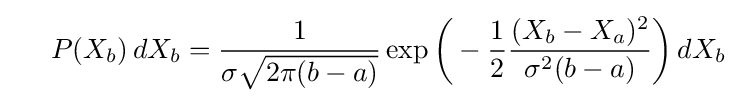
\ \ \ \ P(X_{b})\,dX_{b}={\frac {1}{\sigma {\sqrt {2\pi (b-a)}}}}\exp {\biggl (}-{\frac {1}{2}}{\frac {(X_{b}-X_{a})^{2}}{\sigma ^{2}(b-a)}}{\biggr )}\,dX_{b}